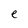
Character: e